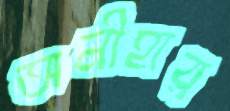
অনীহার